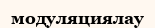
модуляциялау